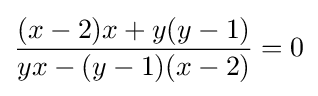
{\frac {(x-2)x+y(y-1)}{yx-(y-1)(x-2)}}=0